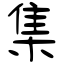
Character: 集